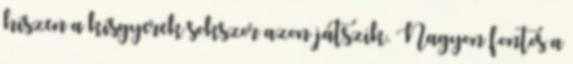
hiszen a kisgyerek sokszor azon játszik. Nagyon fontos a